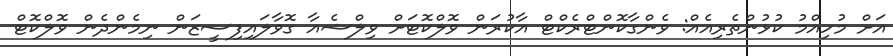
އަށް މުހިއްމު ކުޅުންތެރިއެއް: ވެންގާކޮންޓްރެކްޓް އާކުރަން ވޮލްކޮޓަށް ވިލްޝެއާ ގޮވާލައިފިސީޒަން ނިމެންދެން ވޮލްކޮޓް